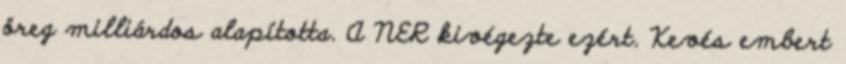
öreg milliárdos alapította. A NER kivégezte ezért. Kevés embert